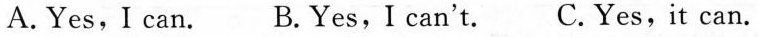
A.Yes,I can. B.Yes,I can't. C.Yes,it can.